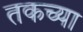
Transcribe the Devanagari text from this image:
तकच्या